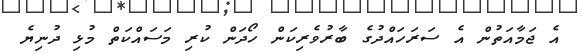
އެ ޖަމާއަތުން އެ ސަރަހައްދުގެ ބާރުވެރިކަން ހޯދަން ކުރި މަސައްކަތް މުޅި ދުނިޔެ